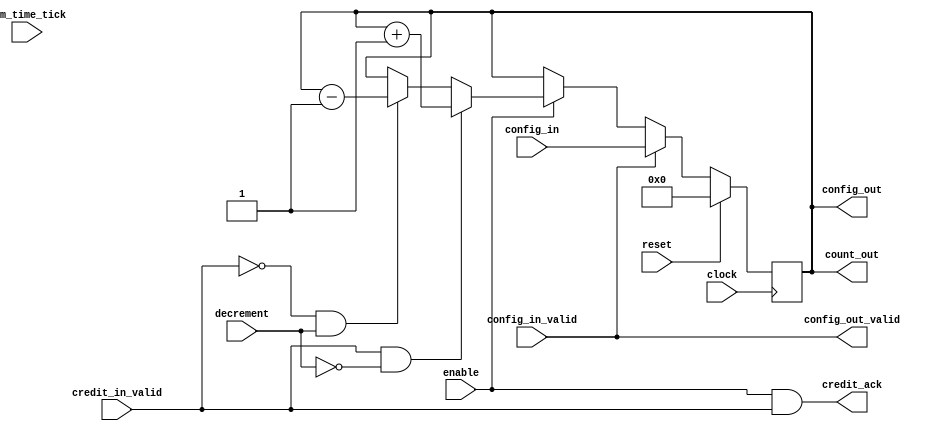
`timescale 1ns / 1ps
/* CreditCounter
 * CreditCounter.v
 *
 * A single credit counter
 *
 * Config path:
 *      config_in -> r_count -> config_out
 */
module CreditCounter(
    clock,
    reset,
    enable,
    sim_time_tick,
    config_in,
    config_in_valid,
    config_out,
    config_out_valid,
    credit_in_valid,
    credit_ack,
    decrement,
    count_out
);
    parameter WIDTH = 4;            // Width of credit counter
    
    // Global ports
    input                       clock;
    input                       reset;
    input                       enable;
    input                       sim_time_tick;

    // Configuration ports
    input          [WIDTH-1: 0] config_in;
    input                       config_in_valid;
    output         [WIDTH-1: 0] config_out;
    output                      config_out_valid;

    // Credit ports
    input                       credit_in_valid;
    output                      credit_ack;

    input                       decrement;
    output         [WIDTH-1: 0] count_out;
    

    reg     [WIDTH-1:0] r_count;
    reg     [WIDTH-1:0] w_count;
    
    // Output
    assign count_out = r_count;
    assign config_out = r_count;
    assign config_out_valid = config_in_valid;
    assign credit_ack = enable & credit_in_valid;


    always @(posedge clock)
    begin
        if (reset)
            r_count <= 0;
        else if (config_in_valid)
            r_count <= config_in;
        else if (enable)
            r_count <= w_count;
    end

    always @(*)
    begin
        if (credit_in_valid & ~decrement)
            w_count = r_count + 1;
        else if (~credit_in_valid & decrement)
            w_count = r_count - 1;
        else
            w_count = r_count;
    end

endmodule